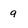
Character: q